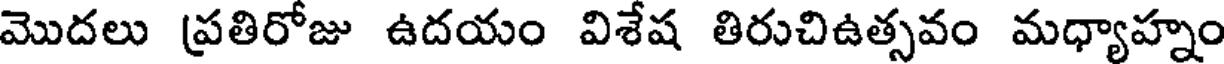
మొదలు ప్రతిరోజు ఉదయం విశేష తిరుచిఉత్సవం మధ్యాహ్నం